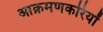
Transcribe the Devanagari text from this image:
आक्रमणकरियों